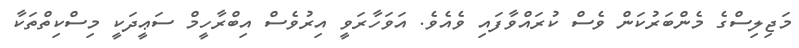
މަޖިލިސްގެ މެންބަރުކަން ވެސް ކުރައްވާފައި ވެއެވެ. އަވަހާރަވީ އިރުވެސް އިބްރާހީމް ސަޢީދަކީ މިސްކިތްތަކާ